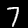
Label: 7